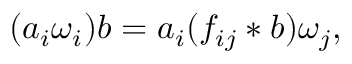
( a _ { i } \omega _ { i } ) b = a _ { i } ( f _ { i j } \ast b ) \omega _ { j } ,